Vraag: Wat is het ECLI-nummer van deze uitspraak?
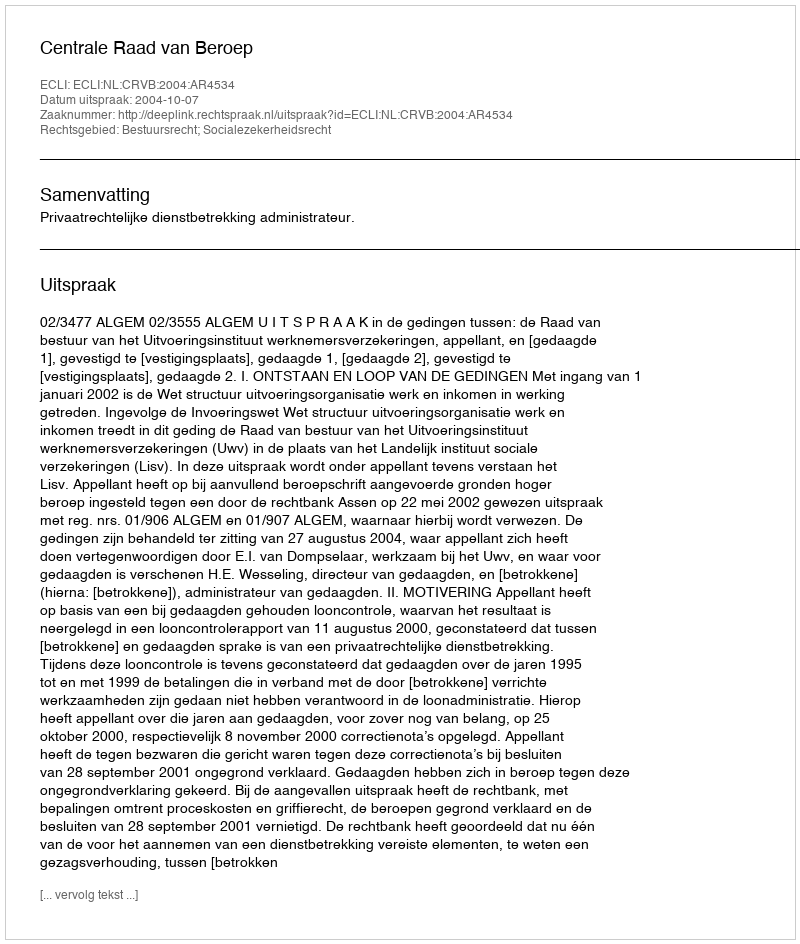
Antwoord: ECLI:NL:CRVB:2004:AR4534